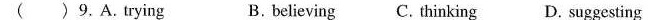
( ) 9. A.Trying B. believing C. Thinking D. suggesting